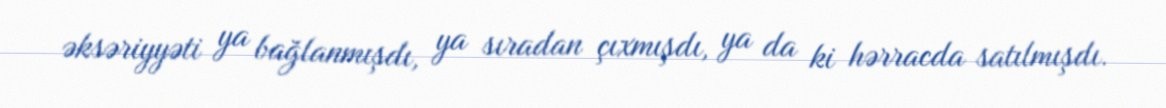
əksəriyyəti ya bağlanmışdı, ya sıradan çıxmışdı, ya da ki hərracda satılmışdı.